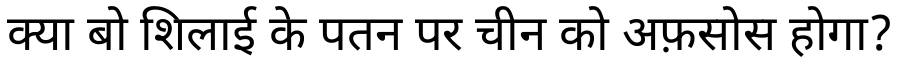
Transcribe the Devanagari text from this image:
क्या बो शिलाई के पतन पर चीन को अफ़सोस होगा?